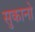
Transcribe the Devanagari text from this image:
सुकानो